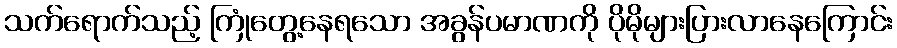
သက်ရောက်သည့် ကြုံတွေ့နေရသော အခွန်ပမာဏကို ပိုမိုများပြားလာနေကြောင်း